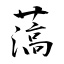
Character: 薃